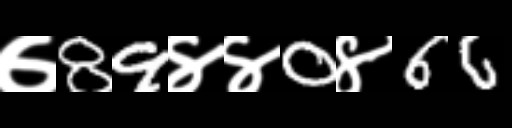
Text: ७89४४0४66